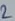
Text: 2